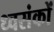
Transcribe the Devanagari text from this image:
ध्वसंकों